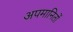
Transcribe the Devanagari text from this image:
अपमानितों